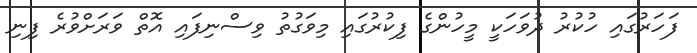
ފަހަރުގައި ހުކުރު ދުވަހަކީ މީހުންގެ ފިކުރުގައި މިވަގުތު ވިސްނިފައި އޮތް ވަރަށްވުރެ ފިނި